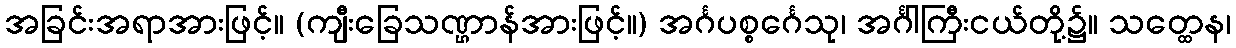
အခြင်းအရာအားဖြင့်။ (ကျီးခြေသဏ္ဌာန်အားဖြင့်။) အင်္ဂပစ္စင်္ဂေသု၊ အင်္ဂါကြီးငယ်တို့၌။ သတ္ထေန၊